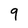
Character: 9